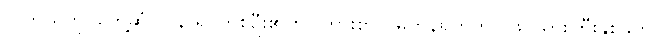
လူကိုယ်တိုင်တွေ့ဆုံ လူနာရှင်တစ်ဦး၏တိုင်ကြားစာလူမှုကွန်ရက်တွင် ဖင်သားကြီးနှစ်ခုကို